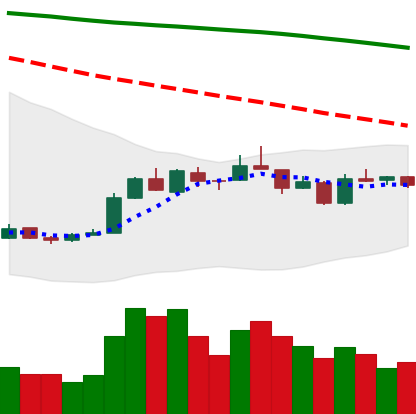
Ticker: EOS-USD
Chart end date: 2018-12-31
Forward return: 5.163%
Label: up_5_7